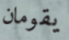
يقومان